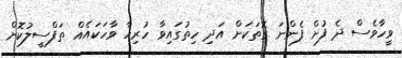
ވީހާވެސް ދެ ފުށް ފެންނަ ގޮތަކަށް އަދި ހިތުގައިވާ ހުރިހާ ވާހަކައެއް ތަފްސީލުކޮށް